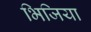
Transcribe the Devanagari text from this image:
भिजिया